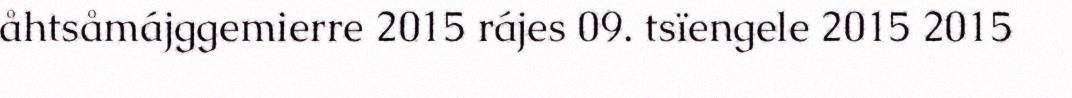
åhtsåmájggemierre 2015 rájes 09. tsïengele 2015 2015